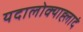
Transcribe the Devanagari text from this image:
यदालोक्याह्लादं